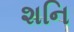
શનિ